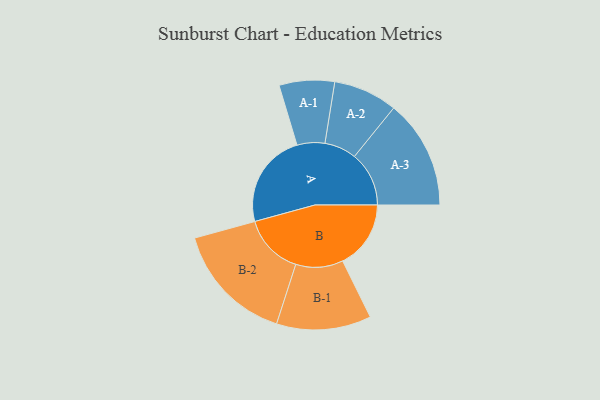
{"axis": {"x": "Segment", "y": "Value"}, "legend": ["", "A", "B"], "data": [{"x": "A", "y": 459, "type": ""}, {"x": "B", "y": 330, "type": ""}, {"x": "A-1", "y": 134, "type": "A"}, {"x": "A-2", "y": 155, "type": "A"}, {"x": "A-3", "y": 264, "type": "A"}, {"x": "B-1", "y": 229, "type": "B"}, {"x": "B-2", "y": 294, "type": "B"}]}